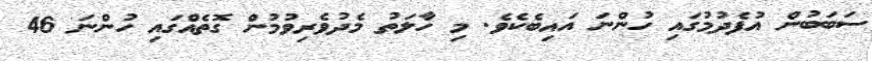
ސަބަބުން އުފެދުމުގައި ހުންނަ އައިބެކެވެ. މި ހާލަތު މެދުވެރިވުމުން ގޮތެއްގައި ހުންނަ 46